Medical and sanitary report on the native army of Bombay for the year
Year: 1877
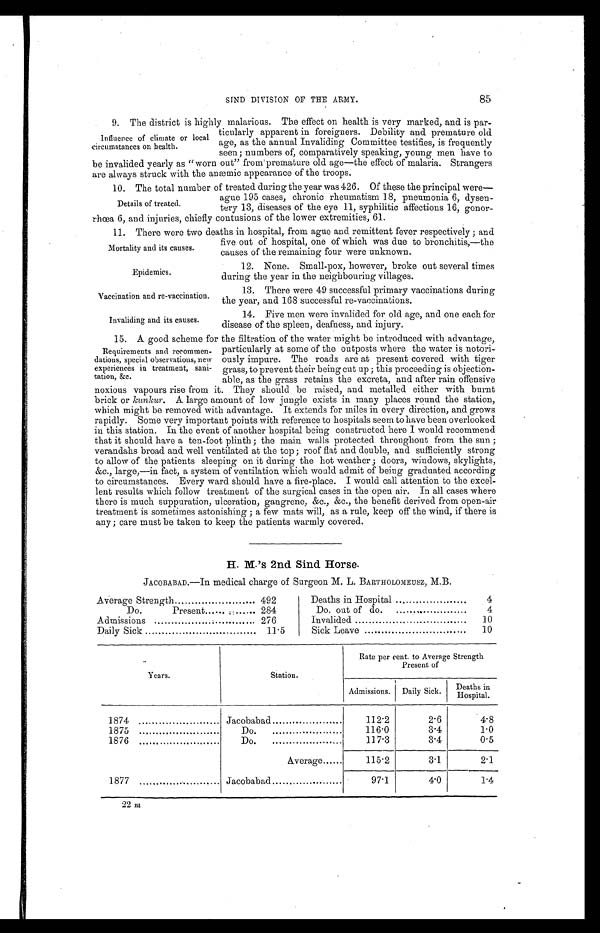
Epidemics.
SIND DIVISION OF THE ARMY.
85
Influence of climate or local
circumstances on health.
9. The district is highly malarious. The effect on health is very marked, and is par-
ticularly apparent in foreigners. Debility and premature old
age, as the annual Invaliding Committee testifies, is frequently
seen; numbers of, comparatively speaking, young men have to
be invalided yearly as "worn out" from premature old age—the effect of malaria. Strangers
are always struck with the anemic appearance of the troops.
Details of treated.
10. The total number of treated during the year was 426. Of these the principal were
—ague 195 cases, chronic rheumatism 18, pneumonia 6, dysen-
tery 13, diseases of the eye 11, syphilitic affections 16, gonor-
rhœa 6, and injuries, chiefly contusions of the lower extremities, 61.
Mortality and its causes.
11. There were two deaths in hospital, from ague and remittent fever respectively ; and
five out of hospital, one of which was due to bronchitis,—the
causes of the remaining four were unknown.
12. None. Small-pox, however, broke out several times
during the year in the neighbouring villages.
Vaccination and re-vaccination.
13. There were 49 successful primary vaccinations during
the year, and 168 successful re-vaccinations.
Invaliding and its causes.
14. Five men were invalided for old age, and one each for
disease of the spleen, deafness, and injury.
Requirements and recommen-
dations, special observations, new
experiences in treatment, sani-
tation, &c.
15. A good scheme for the filtration of the water might be introduced with advantage,
particularly at some of the outposts where the water is notori-
ously impure. The roads are at present covered with tiger
grass, to prevent their being cut up ; this proceeding is objection-
able, as the grass retains the excreta, and after rain offensive
noxious vapours rise from it. They should be raised, and metalled either with burnt
brick or kunkur. A large amount of low jungle exists in many places round the station,
which might be removed with advantage. It extends for miles in every direction, and grows
rapidly. Some very important points with reference to hospitals seem to have been overlooked
in this station. In the event of another hospital being constructed here I would recommend
that it should have a ten-foot plinth ; the main walls protected throughout from the sun ;
verandahs broad and well ventilated at the top ; roof flat and double, and sufficiently strong
to allow of the patients sleeping on it during the hot weather ; doors, windows, skylights,
&c., large,—in fact, a system of ventilation which would admit of being graduated according
to circumstances. Every ward should have a fire-place. I would call attention to the excel-
lent results which follow treatment of the surgical cases in the open air. In all cases where
there is much suppuration, ulceration, gangrene, &c., &c., the benefit derived from open-air
treatment is sometimes astonishing ; a few mats will, as a rule, keep off the wind, if there is
any ; care must be taken to keep the patients warmly covered.
H. M.'s 2nd Sind Horse.
JACOBABAD.—In medical charge of Surgeon M. L. BARTHOLOMEUSZ, M.B.
Average Strength
492
Deaths in Hospital
4
Do.
Present ...... ,...... 284
Do. out of do.
.
4
Admissions
276
Invalided
10
Daily Sick
11.5
Sick Leave
10
Years.
Station.
Rate per cent. to Average Strength
Present of
Admissions. Daily Sick.
Deathsi n
Hospital
1874
Jacobabad
112.2
2.6
4.8
1875
Do.
116.0
3.4
1.0
1876
Do.
117.3
3.4
0.5
Average......
115.2
3.1
2.1
1877
•
Jacobabad
97.1
4.0
1.4
22 m